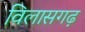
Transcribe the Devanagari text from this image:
विलासगढ़